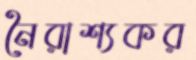
নৈরাশ্যকর